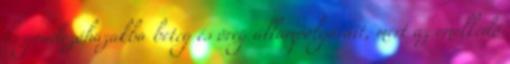
és gondozóházakba beteg és öreg állampolgárait, mert az emelkedő